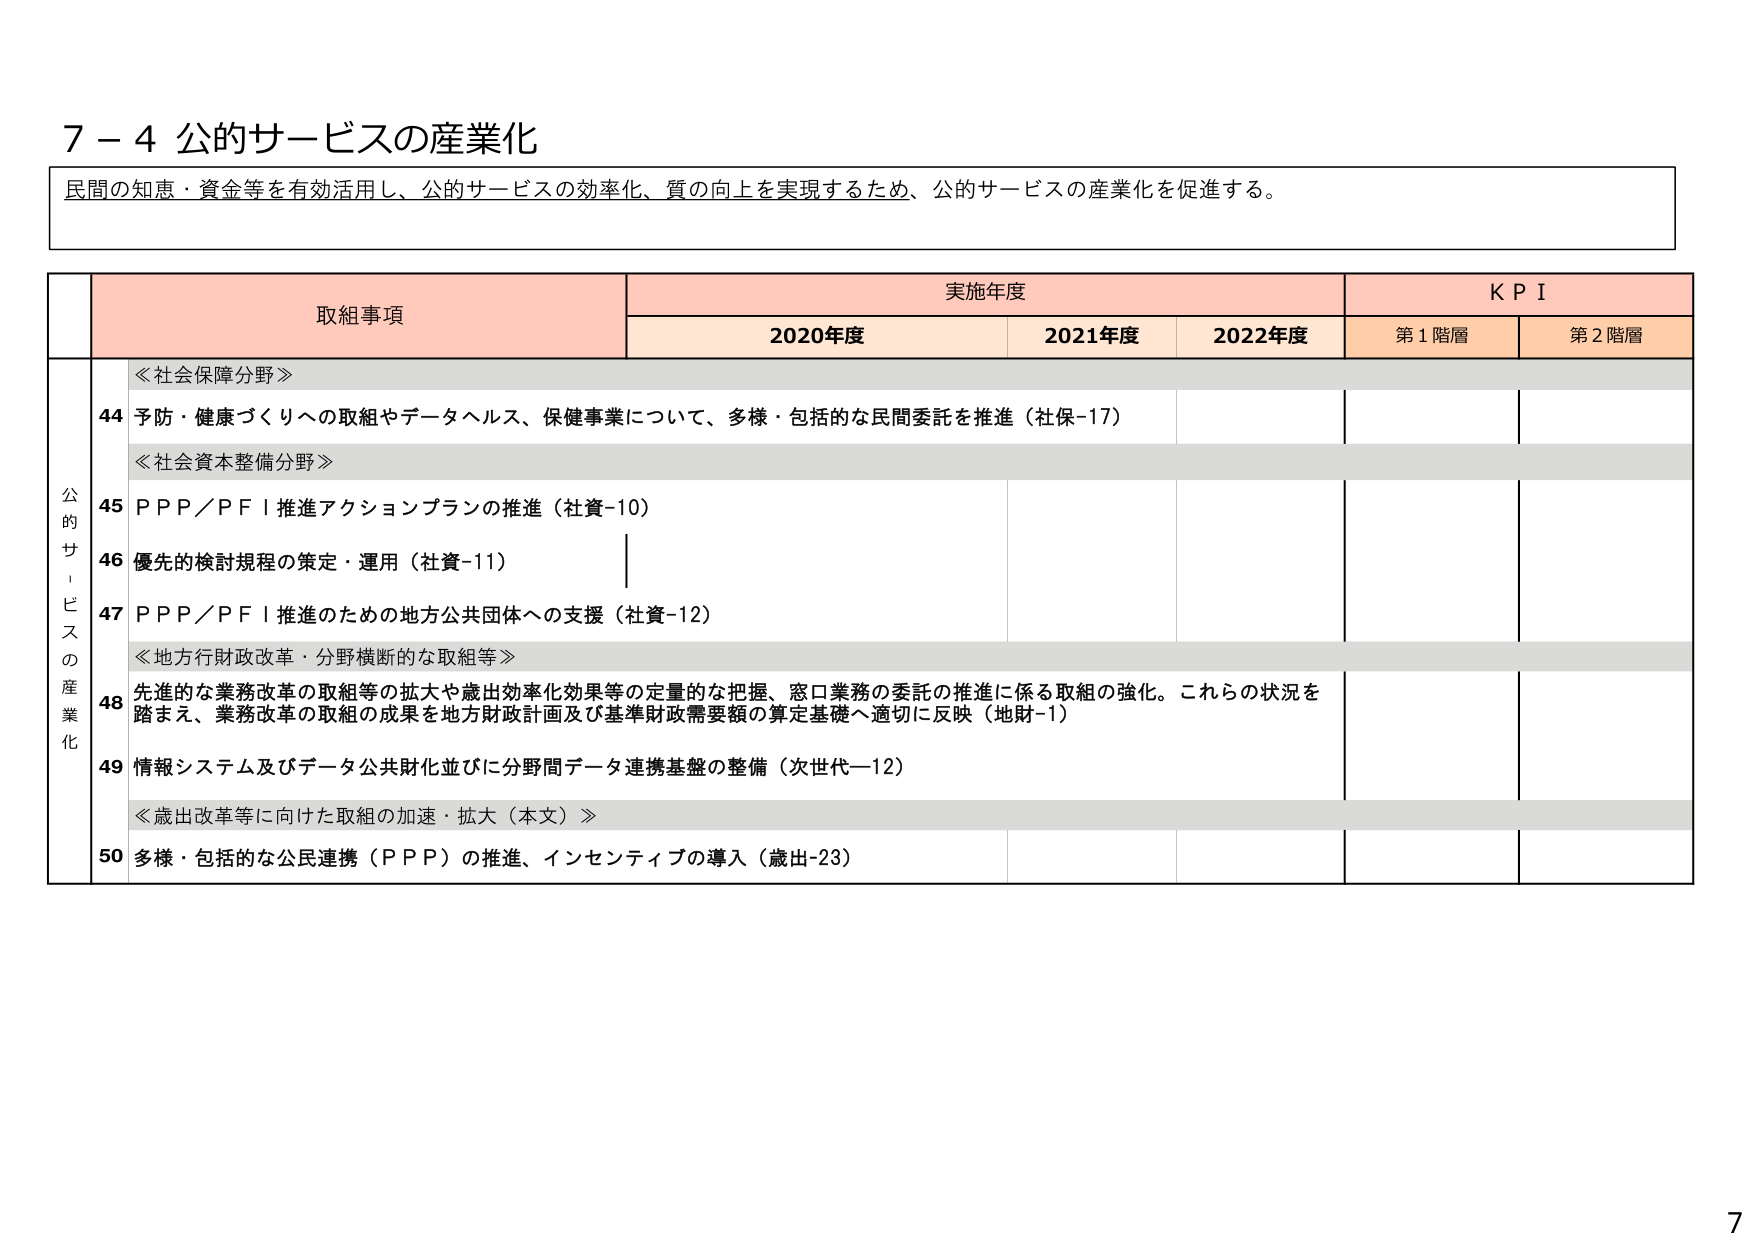
7－4 公的サービスの産業化
民間の知恵・資金等を有効活用し、公的サービスの効率化、質の向上を実現するため、公的サービスの産業化を促進する。

取組事項　　実施年度　　ＫＰＩ
　　　　　　2020年度　　2021年度　　2022年度　　第1階層　　第2階層

公的サービスの産業化
　≪社会保障分野≫
　44 予防・健康づくりへの取組やデータヘルス、保健事業について、多様・包括的な民間委託を推進（社保-17）
　≪社会資本整備分野≫
　45 ＰＰＰ／ＰＦＩ推進アクションプランの推進（社資-10）
　46 優先的検討規程の策定・運用（社資-11）
　47 ＰＰＰ／ＰＦＩ推進のための地方公共団体への支援（社資-12）
　≪地方行財政改革・分野横断的な取組等≫
　48 先進的な業務改革の取組等の拡大や歳出効率化効果等の定量的な把握、窓口業務の委託の推進に係る取組の強化。これらの状況を踏まえ、業務改革の取組の成果を地方財政計画及び基準財政需要額の算定基礎へ適切に反映（地財-1）
　49 情報システム及びデータ公共財化並びに分野間データ連携基盤の整備（次世代-12）
　≪歳出改革等に向けた取組の加速・拡大（本文）≫
　50 多様・包括的な公民連携（ＰＰＰ）の推進、インセンティブの導入（歳出-23）

7